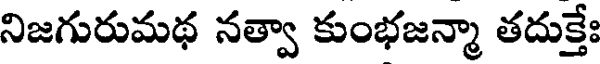
నిజగురుమథ నత్వా కుంభజన్మా తదుక్తేః